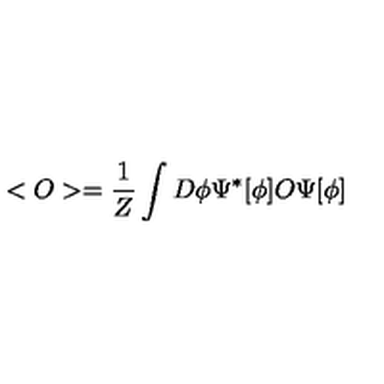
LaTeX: < O > = \frac { 1 } { Z } \int D \phi \Psi ^ { * } [ \phi ] O \Psi [ \phi ]